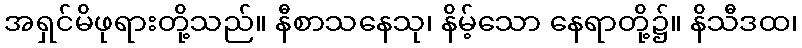
အရှင်မိဖုရားတို့သည်။ နီစာသနေသု၊ နိမ့်သော နေရာတို့၌။ နိသီဒထ၊